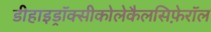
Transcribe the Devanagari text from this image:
डीहाइड्रॉक्सीकोलेकैलसिफ़ेरॉल